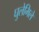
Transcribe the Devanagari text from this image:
घुलेमिले